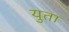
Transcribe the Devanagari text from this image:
युता